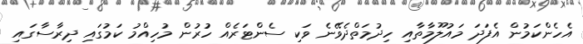
އެހެންކަމުން އެފަދަ މައުލޫމާތާއި ހިދުމަތްދެވޭނެ ވަކި ސެންޓަރެއް ހުުރުން މުހިއްމު ކަމުގައި ދިރާސާގައި